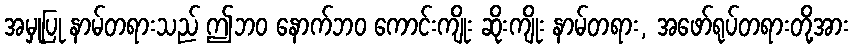
အမှုပြု နာမ်တရားသည် ဤဘဝ နောက်ဘဝ ကောင်းကျိုး ဆိုးကျိုး နာမ်တရား, အဖော်ရုပ်တရားတို့အား